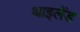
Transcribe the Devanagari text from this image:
थाइलेंड